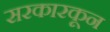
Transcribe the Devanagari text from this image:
सरकारकून